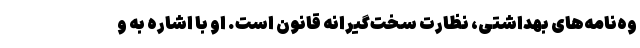
وه‌نامه‌های بهداشتی، نظارت سخت‌گیرانه قانون است. او با اشاره به و